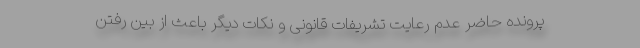
پرونده حاضر عدم رعایت تشریفات قانونی و نکات دیگر باعث از بین رفتن